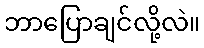
ဘာပြောချင်လို့လဲ။